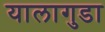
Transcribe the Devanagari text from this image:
यालागुडा